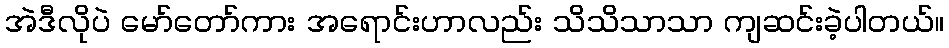
အဲဒီလိုပဲ မော်တော်ကား အရောင်းဟာလည်း သိသိသာသာ ကျဆင်းခဲ့ပါတယ်။